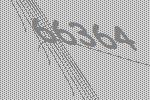
66364